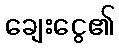
ချေးငွေ၏